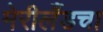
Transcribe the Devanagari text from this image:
मेरीलँडचा